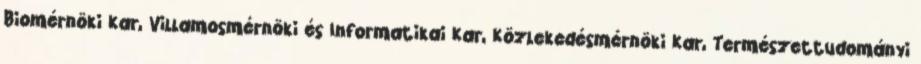
Biomérnöki Kar, Villamosmérnöki és Informatikai Kar, Közlekedésmérnöki Kar, Természettudományi